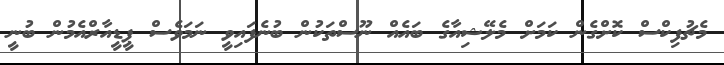
މެޗުފިކްސް ކޮށްގެން ކަމަށް މެލޭޝިއާގެ ބައެއް ނޫސްތަކުން ބުނެފައިވީ ނަމަވެސް ޕީޑީއާރްއެމުން ބުނީ